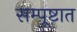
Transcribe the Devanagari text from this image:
सम्पूष्टात